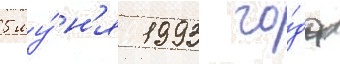
5 иу́н'я 1993 го́да